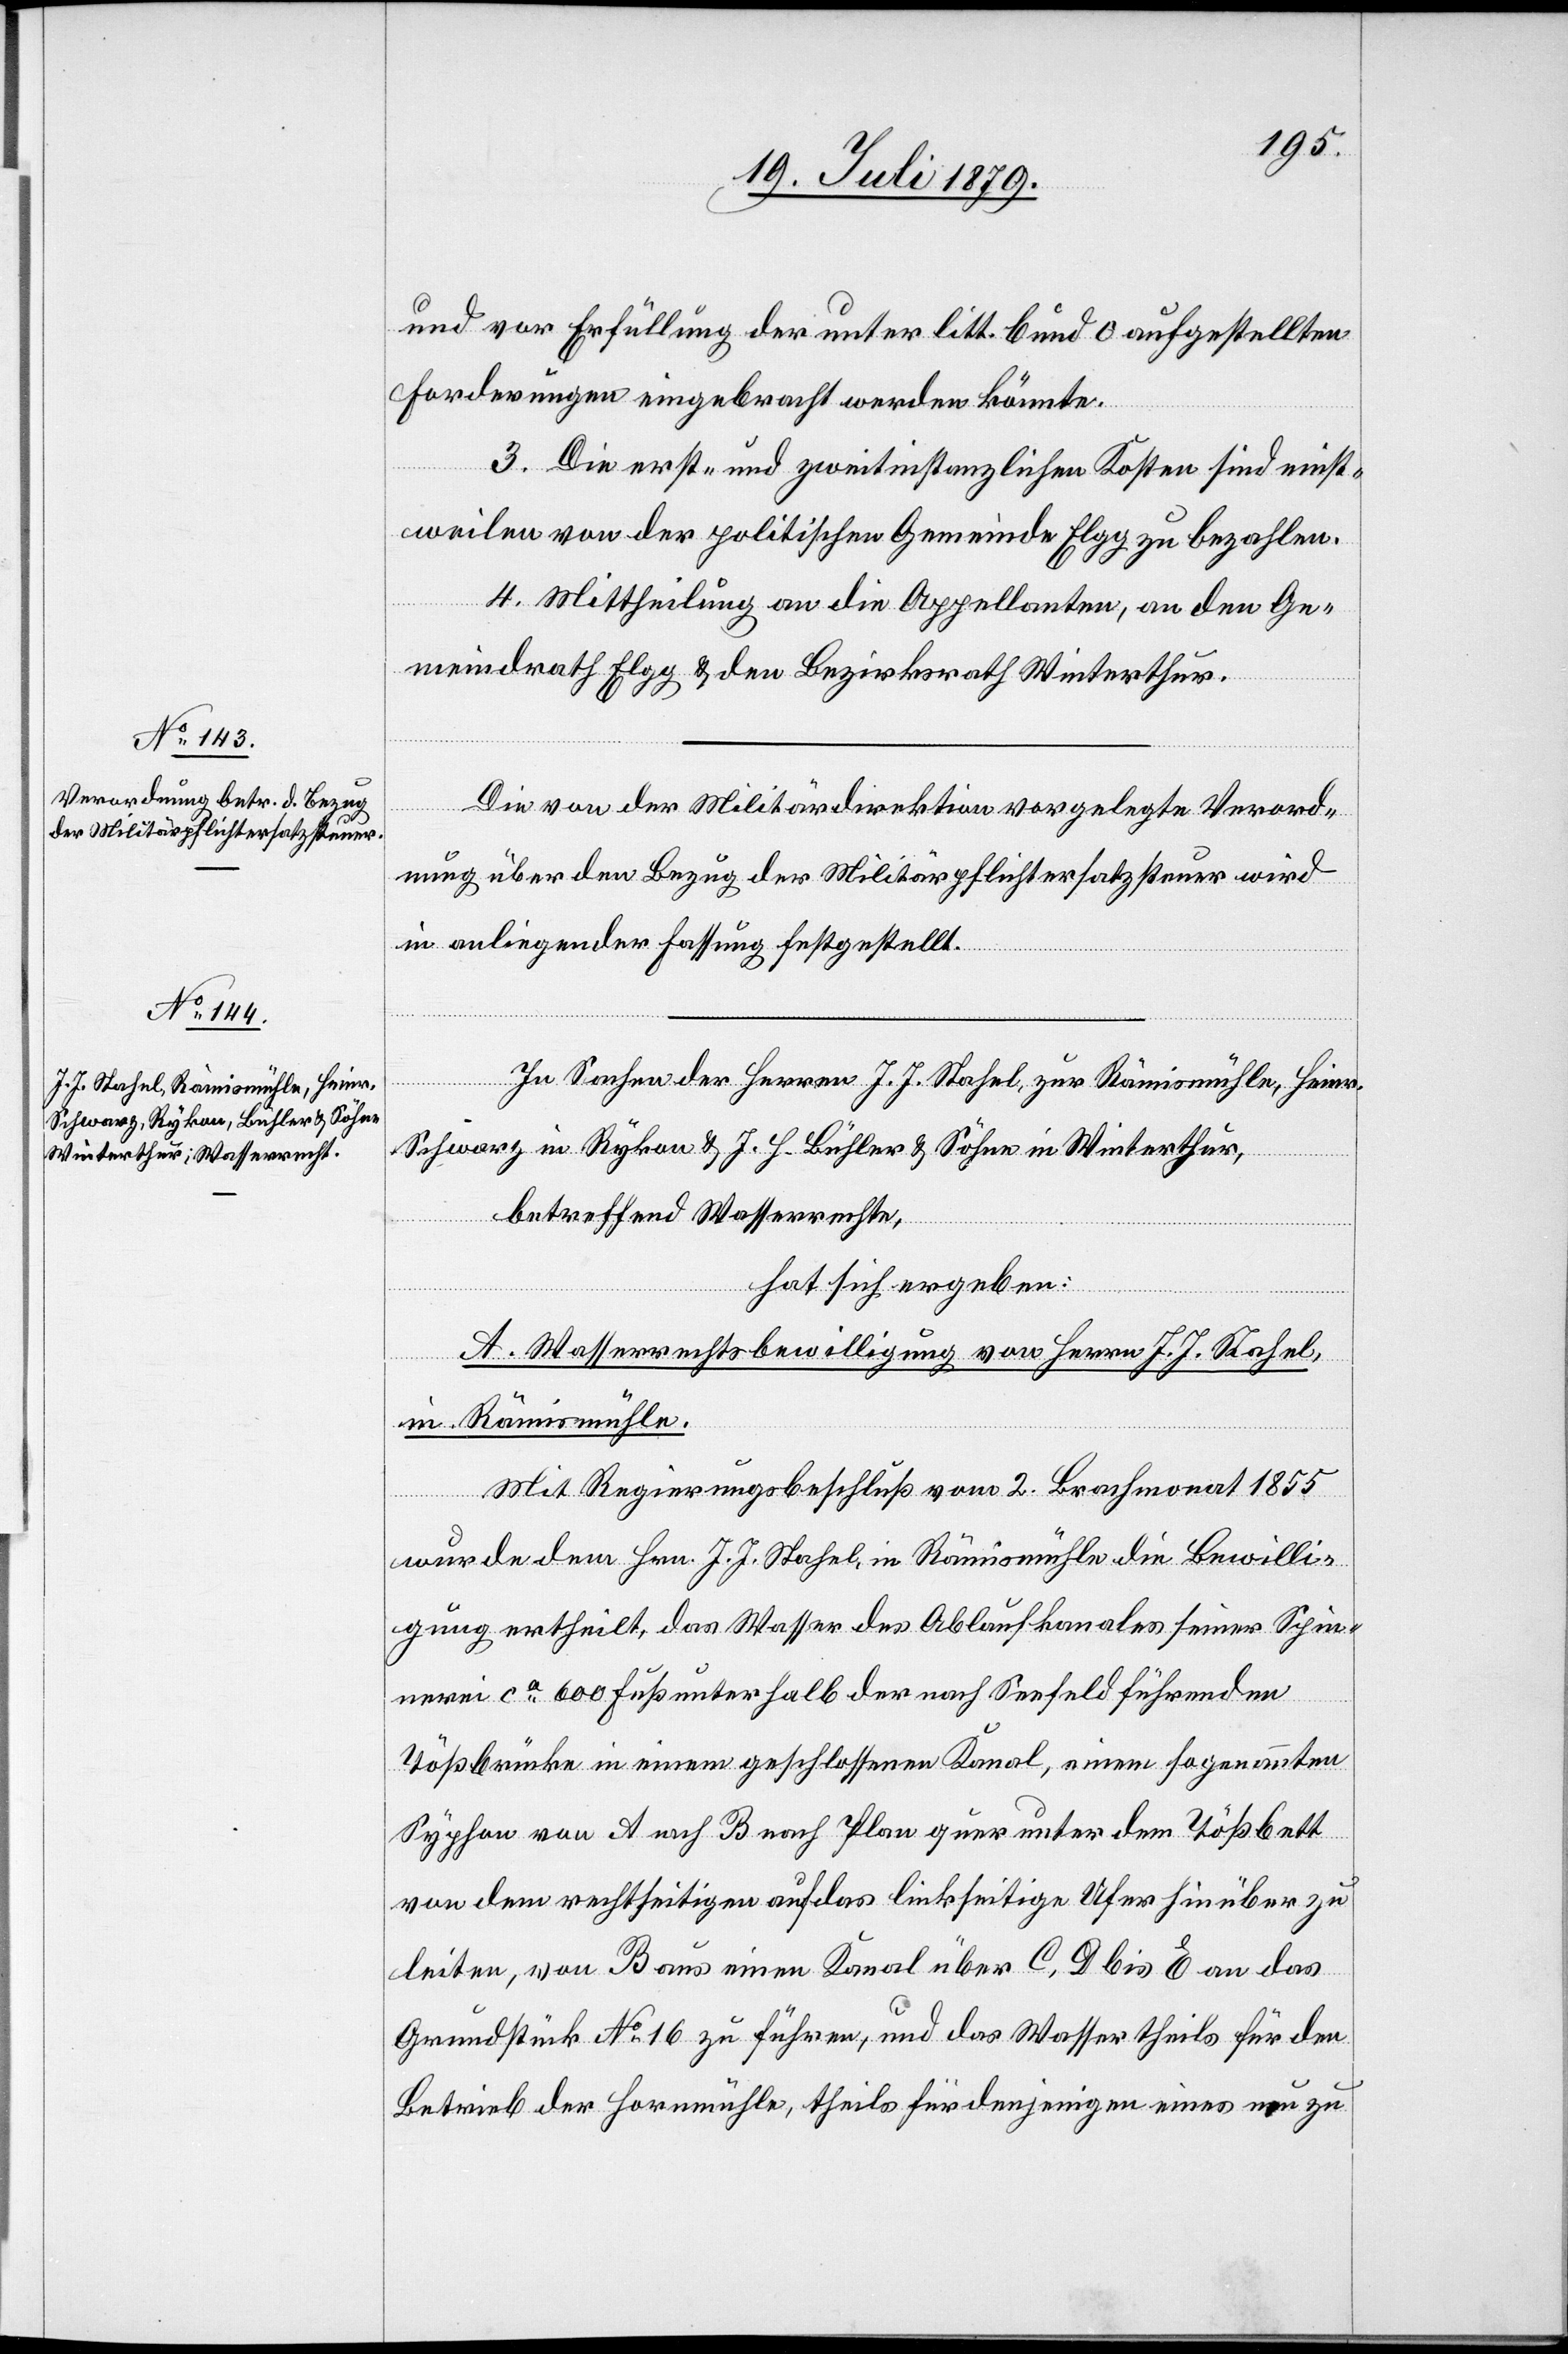
und vor Erfüllung der unter litt. b und O aufgestellten
Forderungen eingebracht werden könnte.
III.] Die erst- und zweitinstanzlichen Kosten sind einst¬
weilen von der politischen Gemeinde Elgg zu bezahlen.
[recte:
IV.] Mittheilung an die Appellanten, an den Ge¬
meindrath Elgg & den Bezirksrath Winterthur.
4.
Die von der Militärdirektion vorgelegte Verord¬
nung über den Bezug der Militärpflichtersatzsteuer wird
in anliegender Fassung festgestellt.
In Sachen der Herren J. J. Stahel, zur Rämismühle, Heinr.
Schwarz, in Rykon & J. H. Bühler & Söhne in Winterthur,
betreffend Wasserrechte,
hat sich ergeben:
A. Wasserrechtsbewilligung von Herrn J. J. Stahel
in Rämismühle.
Mit Regierungsbeschluß vom 2. Brachmonat 1855
wurde dem Hrn. J. J. Stahel, in Rämismühle die Bewilli¬
gung ertheilt, das Wasser des Ablaufkanales seiner Spin¬
nerei ca 600 Fuß unterhalb der nach Seefeld führenden
Tößbrücke in einem geschlossenen Kanal, einem sogenannten
Syphon von A nach B nach Plan quer unter dem Tößbett
von dem rechtseitigen auf das linkseitige Ufer hinüber zu
leiten, von B aus einen Kanal über C, D bis E an das
Grundstücke No 16 zu führen, und das Wasser theils für den
Betrieb der Hornmühle, theils für denjenigen eines neu zu